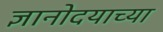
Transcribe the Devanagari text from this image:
ज्ञानोदयाच्या